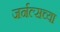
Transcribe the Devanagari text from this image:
जर्नल्सच्या